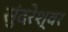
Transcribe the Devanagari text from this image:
सुंदरेश्‍वर